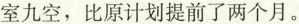
室九空，比原计划提前了两个月。